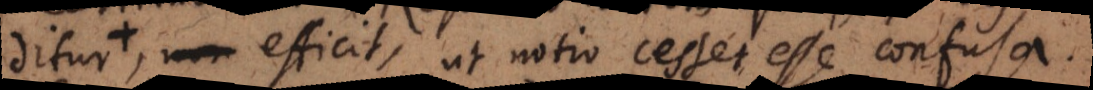
neque efficit, ut notio cesset esse confusa.